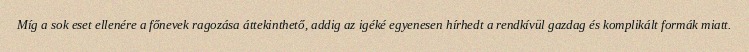
Míg a sok eset ellenére a főnevek ragozása áttekinthető, addig az igéké egyenesen hírhedt a rendkívül gazdag és komplikált formák miatt.